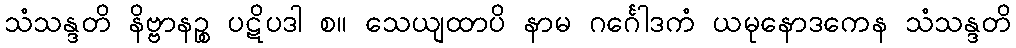
သံသန္ဒတိ နိဗ္ဗာနဉ္စ ပဋိပဒါ စ။ သေယျထာပိ နာမ ဂင်္ဂေါဒကံ ယမုနောဒကေန သံသန္ဒတိ